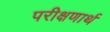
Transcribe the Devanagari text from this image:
परीक्षणार्थ